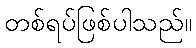
တစ်ရပ်ဖြစ်ပါသည်။